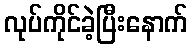
လုပ်ကိုင်ခဲ့ပြီးနောက်